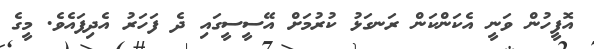
އޮފީހުން ވަނީ އެކަންކަން ރަނގަޅު ކުރުމަށް އޭސީސީގައި ދެ ފަހަރު އެދިފައެވެ. މީގެ